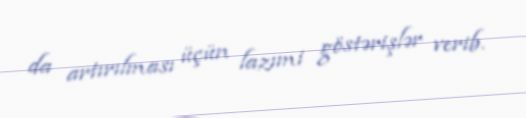
da artırılması üçün lazımi göstərişlər verib.